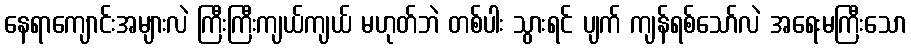
နေရာကျောင်းအများလဲ ကြီးကြီးကျယ်ကျယ် မဟုတ်ဘဲ တစ်ပါး သွားရင် ပျက် ကျန်ရစ်သော်လဲ အရေးမကြီးသော